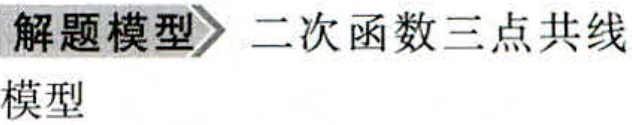
解题模型\rightarrow 二次函数三点共线模型